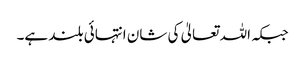
جبکہ اللہ تعالیٰ کی شان انتہائی بلند ہے۔